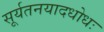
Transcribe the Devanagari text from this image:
सूर्यतनयादधोधः